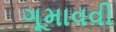
ગૂમાવવી